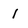
Character: l